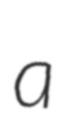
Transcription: a